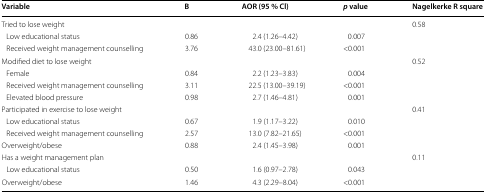
| Variable | B | AOR (95 % Cl) | p value | Nagelkerke R square |
 | --- | --- | --- | --- | --- |
 | <COLSPAN=4> Tried to lose weight | 0.58 |
 | Low educational status | 0.86 | 2.4 (1.26–4.42) | 0.007 |  |
 | Received weight management counselling | 3.76 | 43.0 (23.00–81.61) | <0.001 |  |
 | <COLSPAN=4> Modified diet to lose weight | 0.52 |
 | Female | 0.84 | 2.2 (1.23–3.83) | 0.004 |  |
 | Received weight management counselling | 3.11 | 22.5 (13.00–39.19) | <0.001 |  |
 | Elevated blood pressure | 0.98 | 2.7 (1.46–4.81) | 0.001 |  |
 | <COLSPAN=4> Participated in exercise to lose weight | 0.41 |
 | Low educational status | 0.67 | 1.9 (1.17–3.22) | 0.010 |  |
 | Received weight management counselling | 2.57 | 13.0 (7.82–21.65) | <0.001 |  |
 | Overweight/obese | 0.88 | 2.4 (1.45–3.98) | 0.001 |  |
 | <COLSPAN=4> Has a weight management plan | 0.11 |
 | Low educational status | 0.50 | 1.6 (0.97–2.78) | 0.043 |  |
 | Overweight/obese | 1.46 | 4.3 (2.29–8.04) | <0.001 |  |